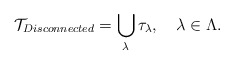
\begin{align*} {\cal T}_{Disconnected} = \bigcup_\lambda \tau_\lambda, \quad\lambda \in \Lambda.\end{align*}